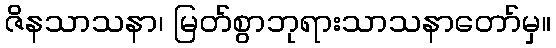
ဇိနသာသနာ၊ မြတ်စွာဘုရားသာသနာတော်မှ။